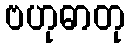
ဗဟုဓာတု